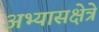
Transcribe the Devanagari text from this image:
अभ्यासक्षेत्रे